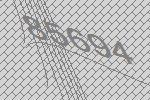
85694